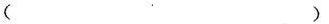
( )